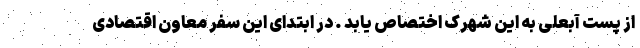
از پست آبعلی به این شهرک اختصاص یابد . در ابتدای این سفر معاون اقتصادی